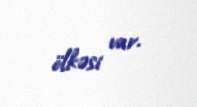
ölkəsi var.